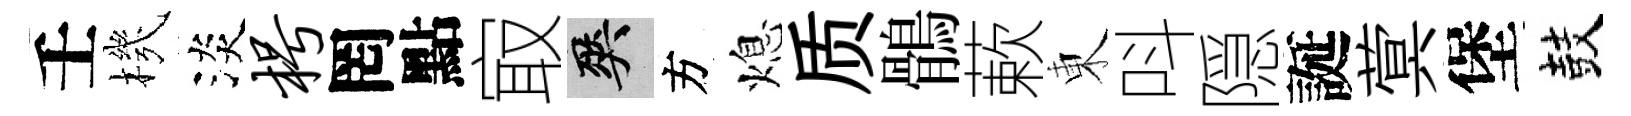
壬機淡枵罔點㝡爽方熄质鶻蔌東呌隠誕蓂堡鼓